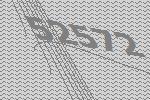
52572